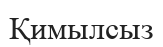
Қимылсыз